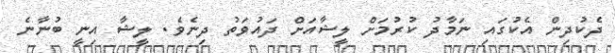
ދެކުދިން އެކުގައި ނަމާދު ކުރުމަށް ލީޝާއަށް ދައުވަތު ދިނެވެ. ލީޝާ އިނީ ބުނާނެ